画像に写った文字を読んでください
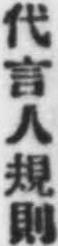
「代言人規則」と書いてあります